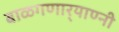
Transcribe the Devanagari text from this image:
बाळगणार्‍याण्नी